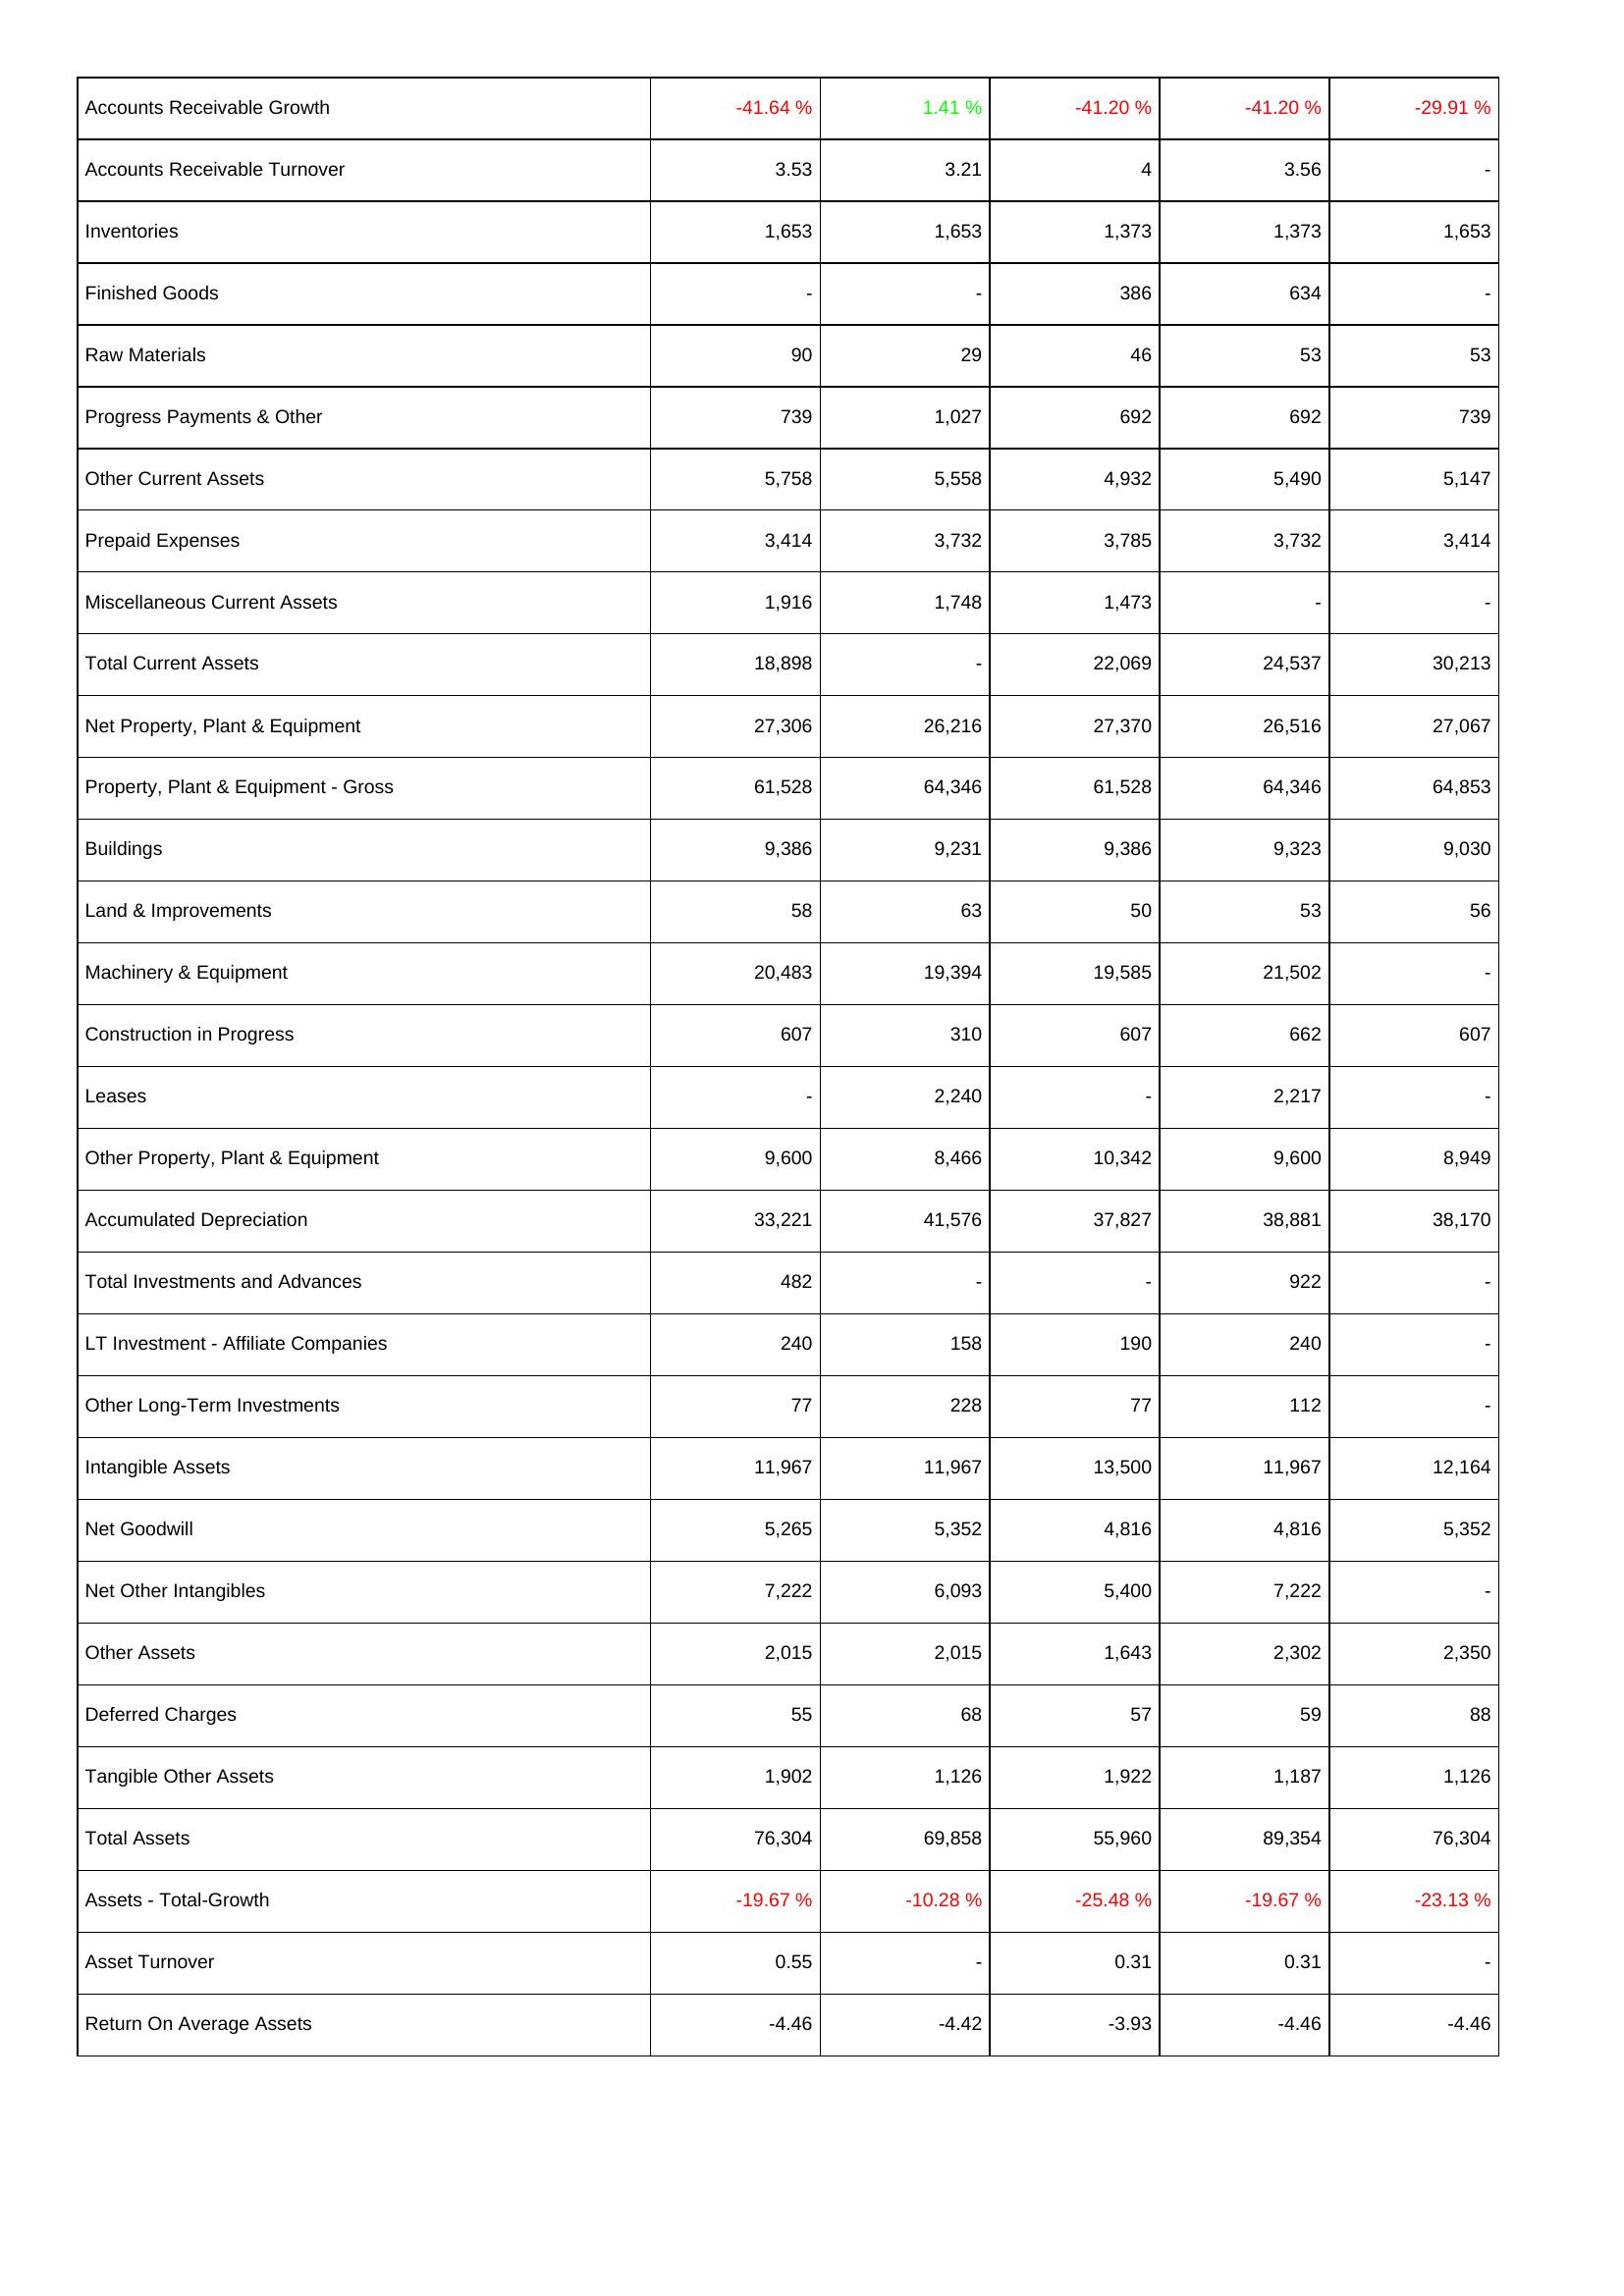
2013: Assets: Accounts Receivable Growth: -41.64 %
Accounts Receivable Turnover: 3.53
Inventories: 1,653
Finished Goods: -
Raw Materials: 90
Progress Payments & Other: 739
Other Current Assets: 5,758
Prepaid Expenses: 3,414
Miscellaneous Current Assets: 1,916
Total Current Assets: 18,898
Net Property, Plant & Equipment: 27,306
Property, Plant & Equipment - Gross: 61,528
Buildings: 9,386
Land & Improvements: 58
Machinery & Equipment: 20,483
Construction in Progress: 607
Leases: -
Other Property, Plant & Equipment: 9,600
Accumulated Depreciation: 33,221
Total Investments and Advances: 482
LT Investment - Affiliate Companies: 240
Other Long-Term Investments: 77
Intangible Assets: 11,967
Net Goodwill: 5,265
Net Other Intangibles: 7,222
Other Assets: 2,015
Deferred Charges: 55
Tangible Other Assets: 1,902
Total Assets: 76,304
Assets - Total-Growth: -19.67 %
Asset Turnover: 0.55
Return On Average Assets: -4.46
2014: Assets: Accounts Receivable Growth: 1.41 %
Accounts Receivable Turnover: 3.21
Inventories: 1,653
Finished Goods: -
Raw Materials: 29
Progress Payments & Other: 1,027
Other Current Assets: 5,558
Prepaid Expenses: 3,732
Miscellaneous Current Assets: 1,748
Total Current Assets: -
Net Property, Plant & Equipment: 26,216
Property, Plant & Equipment - Gross: 64,346
Buildings: 9,231
Land & Improvements: 63
Machinery & Equipment: 19,394
Construction in Progress: 310
Leases: 2,240
Other Property, Plant & Equipment: 8,466
Accumulated Depreciation: 41,576
Total Investments and Advances: -
LT Investment - Affiliate Companies: 158
Other Long-Term Investments: 228
Intangible Assets: 11,967
Net Goodwill: 5,352
Net Other Intangibles: 6,093
Other Assets: 2,015
Deferred Charges: 68
Tangible Other Assets: 1,126
Total Assets: 69,858
Assets - Total-Growth: -10.28 %
Asset Turnover: -
Return On Average Assets: -4.42
2015: Assets: Accounts Receivable Growth: -41.20 %
Accounts Receivable Turnover: 4
Inventories: 1,373
Finished Goods: 386
Raw Materials: 46
Progress Payments & Other: 692
Other Current Assets: 4,932
Prepaid Expenses: 3,785
Miscellaneous Current Assets: 1,473
Total Current Assets: 22,069
Net Property, Plant & Equipment: 27,370
Property, Plant & Equipment - Gross: 61,528
Buildings: 9,386
Land & Improvements: 50
Machinery & Equipment: 19,585
Construction in Progress: 607
Leases: -
Other Property, Plant & Equipment: 10,342
Accumulated Depreciation: 37,827
Total Investments and Advances: -
LT Investment - Affiliate Companies: 190
Other Long-Term Investments: 77
Intangible Assets: 13,500
Net Goodwill: 4,816
Net Other Intangibles: 5,400
Other Assets: 1,643
Deferred Charges: 57
Tangible Other Assets: 1,922
Total Assets: 55,960
Assets - Total-Growth: -25.48 %
Asset Turnover: 0.31
Return On Average Assets: -3.93
2016: Assets: Accounts Receivable Growth: -41.20 %
Accounts Receivable Turnover: 3.56
Inventories: 1,373
Finished Goods: 634
Raw Materials: 53
Progress Payments & Other: 692
Other Current Assets: 5,490
Prepaid Expenses: 3,732
Miscellaneous Current Assets: -
Total Current Assets: 24,537
Net Property, Plant & Equipment: 26,516
Property, Plant & Equipment - Gross: 64,346
Buildings: 9,323
Land & Improvements: 53
Machinery & Equipment: 21,502
Construction in Progress: 662
Leases: 2,217
Other Property, Plant & Equipment: 9,600
Accumulated Depreciation: 38,881
Total Investments and Advances: 922
LT Investment - Affiliate Companies: 240
Other Long-Term Investments: 112
Intangible Assets: 11,967
Net Goodwill: 4,816
Net Other Intangibles: 7,222
Other Assets: 2,302
Deferred Charges: 59
Tangible Other Assets: 1,187
Total Assets: 89,354
Assets - Total-Growth: -19.67 %
Asset Turnover: 0.31
Return On Average Assets: -4.46
2017: Assets: Accounts Receivable Growth: -29.91 %
Accounts Receivable Turnover: -
Inventories: 1,653
Finished Goods: -
Raw Materials: 53
Progress Payments & Other: 739
Other Current Assets: 5,147
Prepaid Expenses: 3,414
Miscellaneous Current Assets: -
Total Current Assets: 30,213
Net Property, Plant & Equipment: 27,067
Property, Plant & Equipment - Gross: 64,853
Buildings: 9,030
Land & Improvements: 56
Machinery & Equipment: -
Construction in Progress: 607
Leases: -
Other Property, Plant & Equipment: 8,949
Accumulated Depreciation: 38,170
Total Investments and Advances: -
LT Investment - Affiliate Companies: -
Other Long-Term Investments: -
Intangible Assets: 12,164
Net Goodwill: 5,352
Net Other Intangibles: -
Other Assets: 2,350
Deferred Charges: 88
Tangible Other Assets: 1,126
Total Assets: 76,304
Assets - Total-Growth: -23.13 %
Asset Turnover: -
Return On Average Assets: -4.46